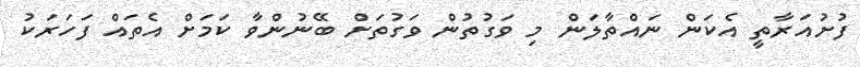
ފުށުއަރާތީ އެކަން ނައްތާލަން މި ވަގުތުން ވަގުތަށް ބޭނުންވާ ކަމަށް އެތައް ފަހަރަކު